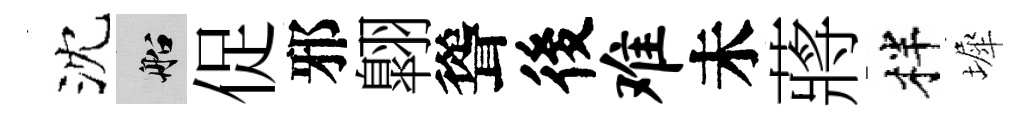
沈船促邪翺聳後难未蔣柈墀